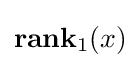
\mathbf {rank} _{1}(x)